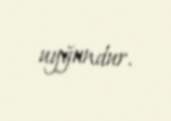
uyğundur.